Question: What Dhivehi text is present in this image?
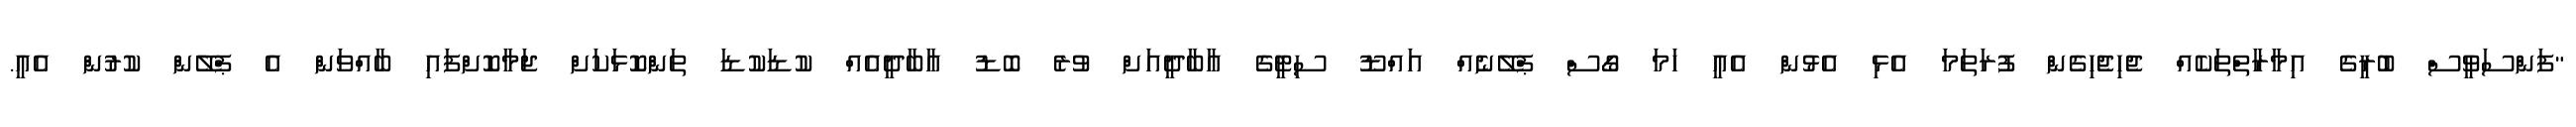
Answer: "ފަންސަވީސް ބުރީގެ އިމާރާތްތަކެއް ޖެހިޖެހިގެން ފުރަތަމަ އެޅި އެޅުން އެއީ ހަމަ ގޯސް ޕްލޭނެއް އައްޑޫ ސިޓީގެ އާބާދީއަށް ވުރެ ބޮޑު އާބާދީއެއް ކުޑަކުޑަ ތަންކޮޅަކަށް ޖަމާކޮށްފައި ބާއްވަން އެ ޕްލޭން ކުރުން އެއީ.